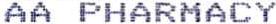
AA PHARMACY